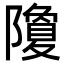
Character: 𮥮